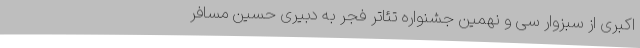
اکبری از سبزوار سی و نهمین جشنواره تئاتر فجر به دبیری حسین مسافر